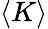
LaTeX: \langle K\rangle